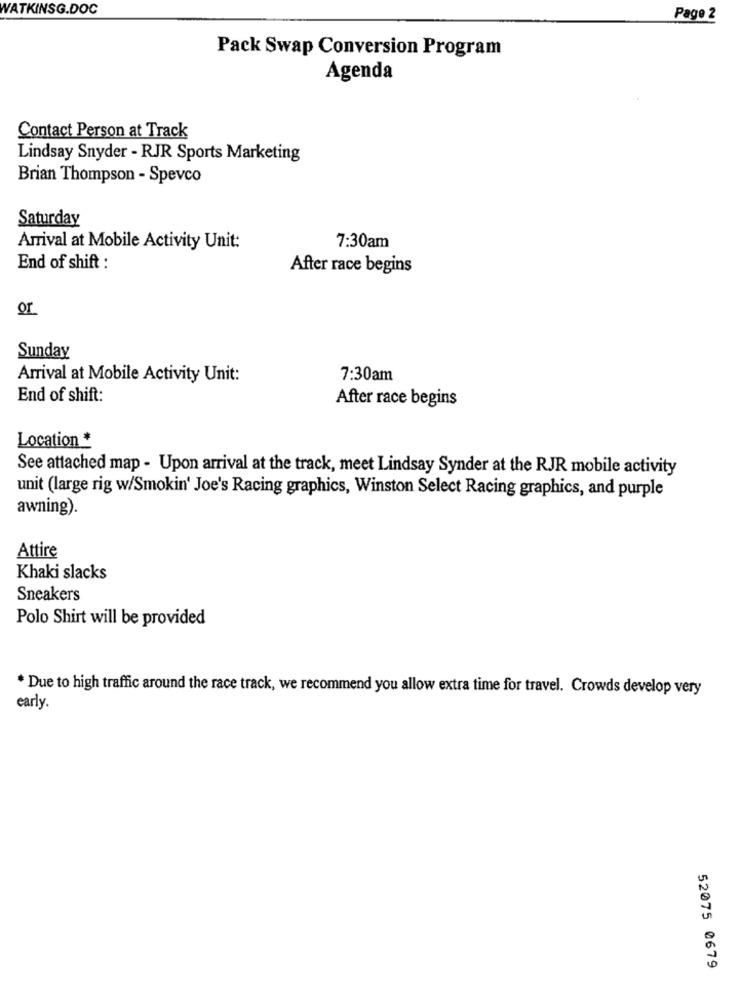
WATKINSG.DOC
Page 2
Pack Swap Conversion Program
Agenda
Contact Person at Track
Lindsay Snyder - RJR Sports Marketing
Brian Thompson - Spevco
Saturday
Arrival at Mobile Activity Unit:
7:30am
End of shift :
After race begins
or
Sunday
Arrival at Mobile Activity Unit:
7:30am
End of shift:
After race begins
Location *
See attached map - Upon arrival at the track, meet Lindsay Synder at the RJR mobile activity
unit (large rig w/Smokin' Joe's Racing graphics, Winston Select Racing graphics, and purple
awning).
Attire
Khaki slacks
Sneakers
Polo Shirt will be provided
* Due to high traffic around the race track, we recommend you allow extra time for travel. Crowds develop very
early.
52075 0679